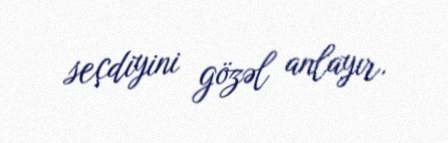
seçdiyini gözəl anlayır.